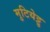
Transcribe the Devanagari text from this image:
मुटियेट्टु